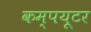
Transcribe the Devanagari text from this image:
कम्पयूटर